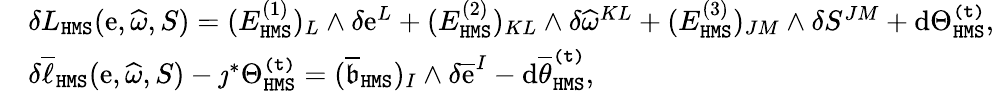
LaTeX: \begin{array}{rl}&{\delta L_{\mathtt{HMS}}(\mathrm{e},\widehat{\omega},S)=(E_{\mathtt{HMS}}^{(1)})_{L}\wedge\delta\mathrm{e}^{L}+(E_{\mathtt{HMS}}^{(2)})_{KL}\wedge\delta\widehat{\omega}^{KL}+(E_{\mathtt{HMS}}^{(3)})_{JM}\wedge\delta S^{JM}+\mathrm{d}\Theta_{\mathtt{HMS}}^{\mathtt{(t)}},}\\ &{\delta\overline{{\ell}}_{\mathtt{HMS}}(\mathrm{e},\widehat{\omega},S)-\jmath^{*}\Theta_{\mathtt{HMS}}^{\mathtt{(t)}}=(\overline{{\mathfrak{b}}}_{\mathtt{HMS}})_{I}\wedge\delta\overline{{\mathrm{e}}}^{I}-\mathrm{d}\overline{{\theta}}_{\mathtt{HMS}}^{\mathtt{(t)}},}\end{array}